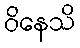
ဝိနေသိ